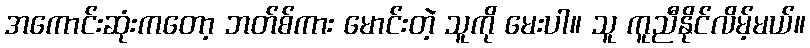
အကောင်းဆုံးကတော့ ဘတ်စ်ကား မောင်းတဲ့ သူကို မေးပါ။ သူ ကူညီနိုင်လိမ့်မယ်။